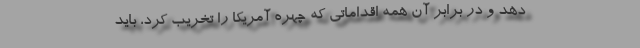
دهد و در برابر آن همه اقداماتی که چهره آمریکا را تخریب کرد، باید